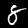
Label: 8